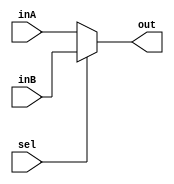
`timescale 1ns / 1ps
//////////////////////////////////////////////////////////////////////////////////
// Company: 
// Engineer: 
// 
// Design Name: 
// Module Name: Mux4Bit2To1
// Project Name: 
// Target Devices: 
// Tool Versions: 
// Description: 
// 
// Dependencies: 
// 
// Revision:
// Revision 0.01 - File Created
// Additional Comments:
// 
//////////////////////////////////////////////////////////////////////////////////


module Mux5Bit2To1(out, inA, inB, sel);

    output reg [4:0] out;
    
    input [4:0] inA;
    input [4:0] inB;
    input sel;

    always @(sel, inA, inB)
    begin
        if (sel == 1)
            out <= inB;
        else 
            out <= inA;     
    end
    
endmodule